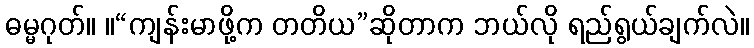
ဓမ္မဂုတ်။ ။“ကျန်းမာဖို့က တတိယ”ဆိုတာက ဘယ်လို ရည်ရွယ်ချက်လဲ။